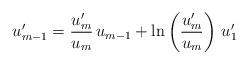
LaTeX: \begin{align*} u_{m-1}' = \frac{u_m'}{u_m}\,u_{m-1}+\ln\left(\frac{u_m'}{u_m}\right)\,u_1'\end{align*}